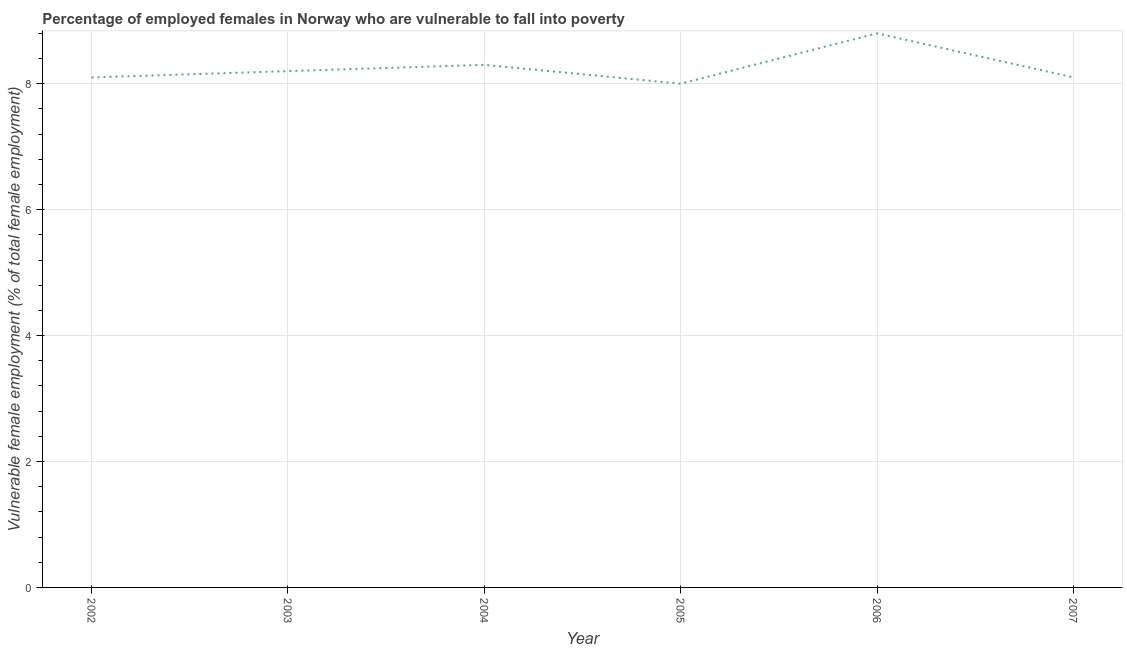
| Year | Percentage of employed females who are vulnerable to fall into poverty |
 | --- | --- |
 | 2002 | 8.1 |
 | 2003 | 8.2 |
 | 2004 | 8.3 |
 | 2005 | 8 |
 | 2006 | 8.8 |
 | 2007 | 8.1 |